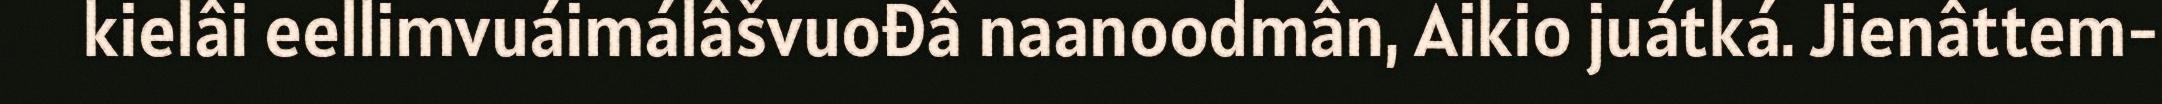
kielâi eellimvuáimálâšvuođâ naanoodmân, Aikio juátká. Jienâttem-